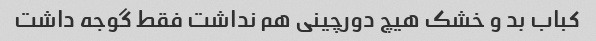
کباب بد و خشک هیچ دورچینی هم نداشت فقط گوجه داشت